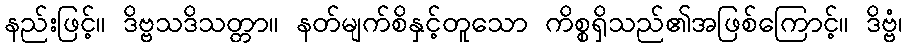
နည်းဖြင့်။ ဒိဗ္ဗသဒိသတ္တာ။ နတ်မျက်စိနှင့်တူသော ကိစ္စရှိသည်၏အဖြစ်ကြောင့်။ ဒိဗ္ဗံ၊